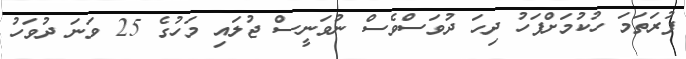
ފުރަތަމަ ހުކުމަށްފަހު ދިހަ ދުވަސްވެސް ނުވަނީސް ޖުލައި މަހުގެ 25 ވަނަ ދުވަހު